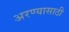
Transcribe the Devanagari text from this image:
अरण्यासाठी